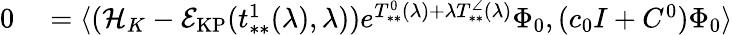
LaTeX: \begin{array}{rl}{0}&{{}=\langle(\mathcal{H}_{K}-\mathcal{E}_{\mathrm{KP}}(t_{**}^{1}(\lambda),\lambda))e^{T_{**}^{0}(\lambda)+\lambda T_{**}^{\angle}(\lambda)}\Phi_{0},(c_{0}I+C^{0})\Phi_{0}\rangle}\end{array}